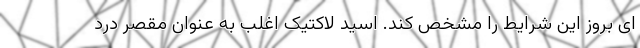
ای بروز این شرایط را مشخص کند. اسید لاکتیک اغلب به عنوان مقصر درد